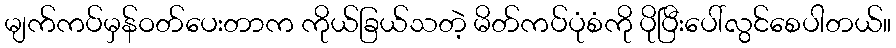
မျက်ကပ်မှန်ဝတ်ပေးတာက ကိုယ်ခြယ်သတဲ့ မိတ်ကပ်ပုံစံကို ပိုပြီးပေါ်လွင်စေပါတယ်။